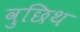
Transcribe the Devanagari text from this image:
वुछिथ